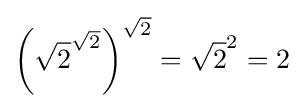
\left({\sqrt {2}}^{\sqrt {2}}\right)^{\sqrt {2}}={\sqrt {2}}^{2}=2